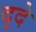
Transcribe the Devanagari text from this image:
द्दे